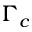
\Gamma _ { c }